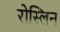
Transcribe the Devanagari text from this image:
रोस्लिन